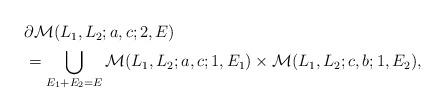
LaTeX: \begin{align*}\aligned&\partial {\mathcal M}(L_1,L_2;a,c;2,E) \\&=\bigcup_{E_1 + E_2 = E}{\mathcal M}(L_1,L_2;a,c;1,E_1) \times {\mathcal M}(L_1,L_2;c,b;1,E_2),\endaligned\end{align*}